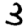
Digit: 3